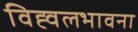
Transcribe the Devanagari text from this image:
विह्वलभावना